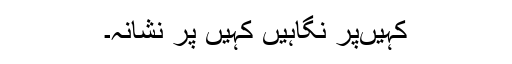
کہیںپر نگاہیں کہیں پر نشانہ۔